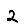
Digit: 2